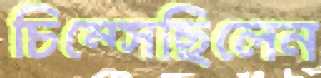
চিম্‌সেছিলেন